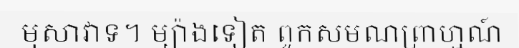
មុសាវាទ។ ម្យ៉ាងទៀត ពួកសមណព្រាហ្មណ៍